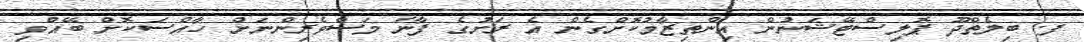
ފ. ބިލެތްދޫ ޕޮލިސްޓޭޝަނުން އިންތިޒާމުކޮށްގެން އެ ރަށުގެ ފާނަ މަސްވެރިންނަށް ހާއްސަކޮށް ބޭއްވި